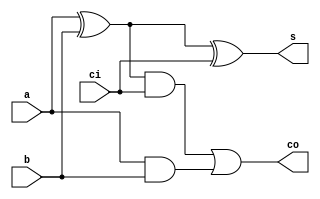
module full_adder(a, b, ci, s, co);
	input a, b, ci;
	output s, co;
	wire m, n, p;
	// xor(s, a, b, ci);
	xor(m, a, b);
	xor(s, m, ci);
	and(n, m, ci);
	and(p, a, b);
	or(co, n, p);
	
endmodule